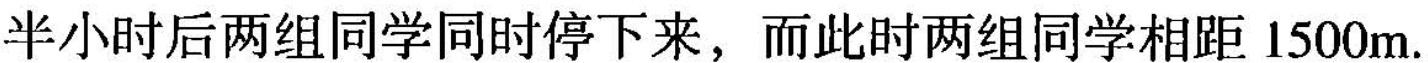
半小时后两组同学同时停下来，而此时两组同学相距1500m.